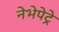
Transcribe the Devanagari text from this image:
नेभेपेट्रे